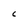
Character: C